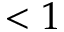
< 1